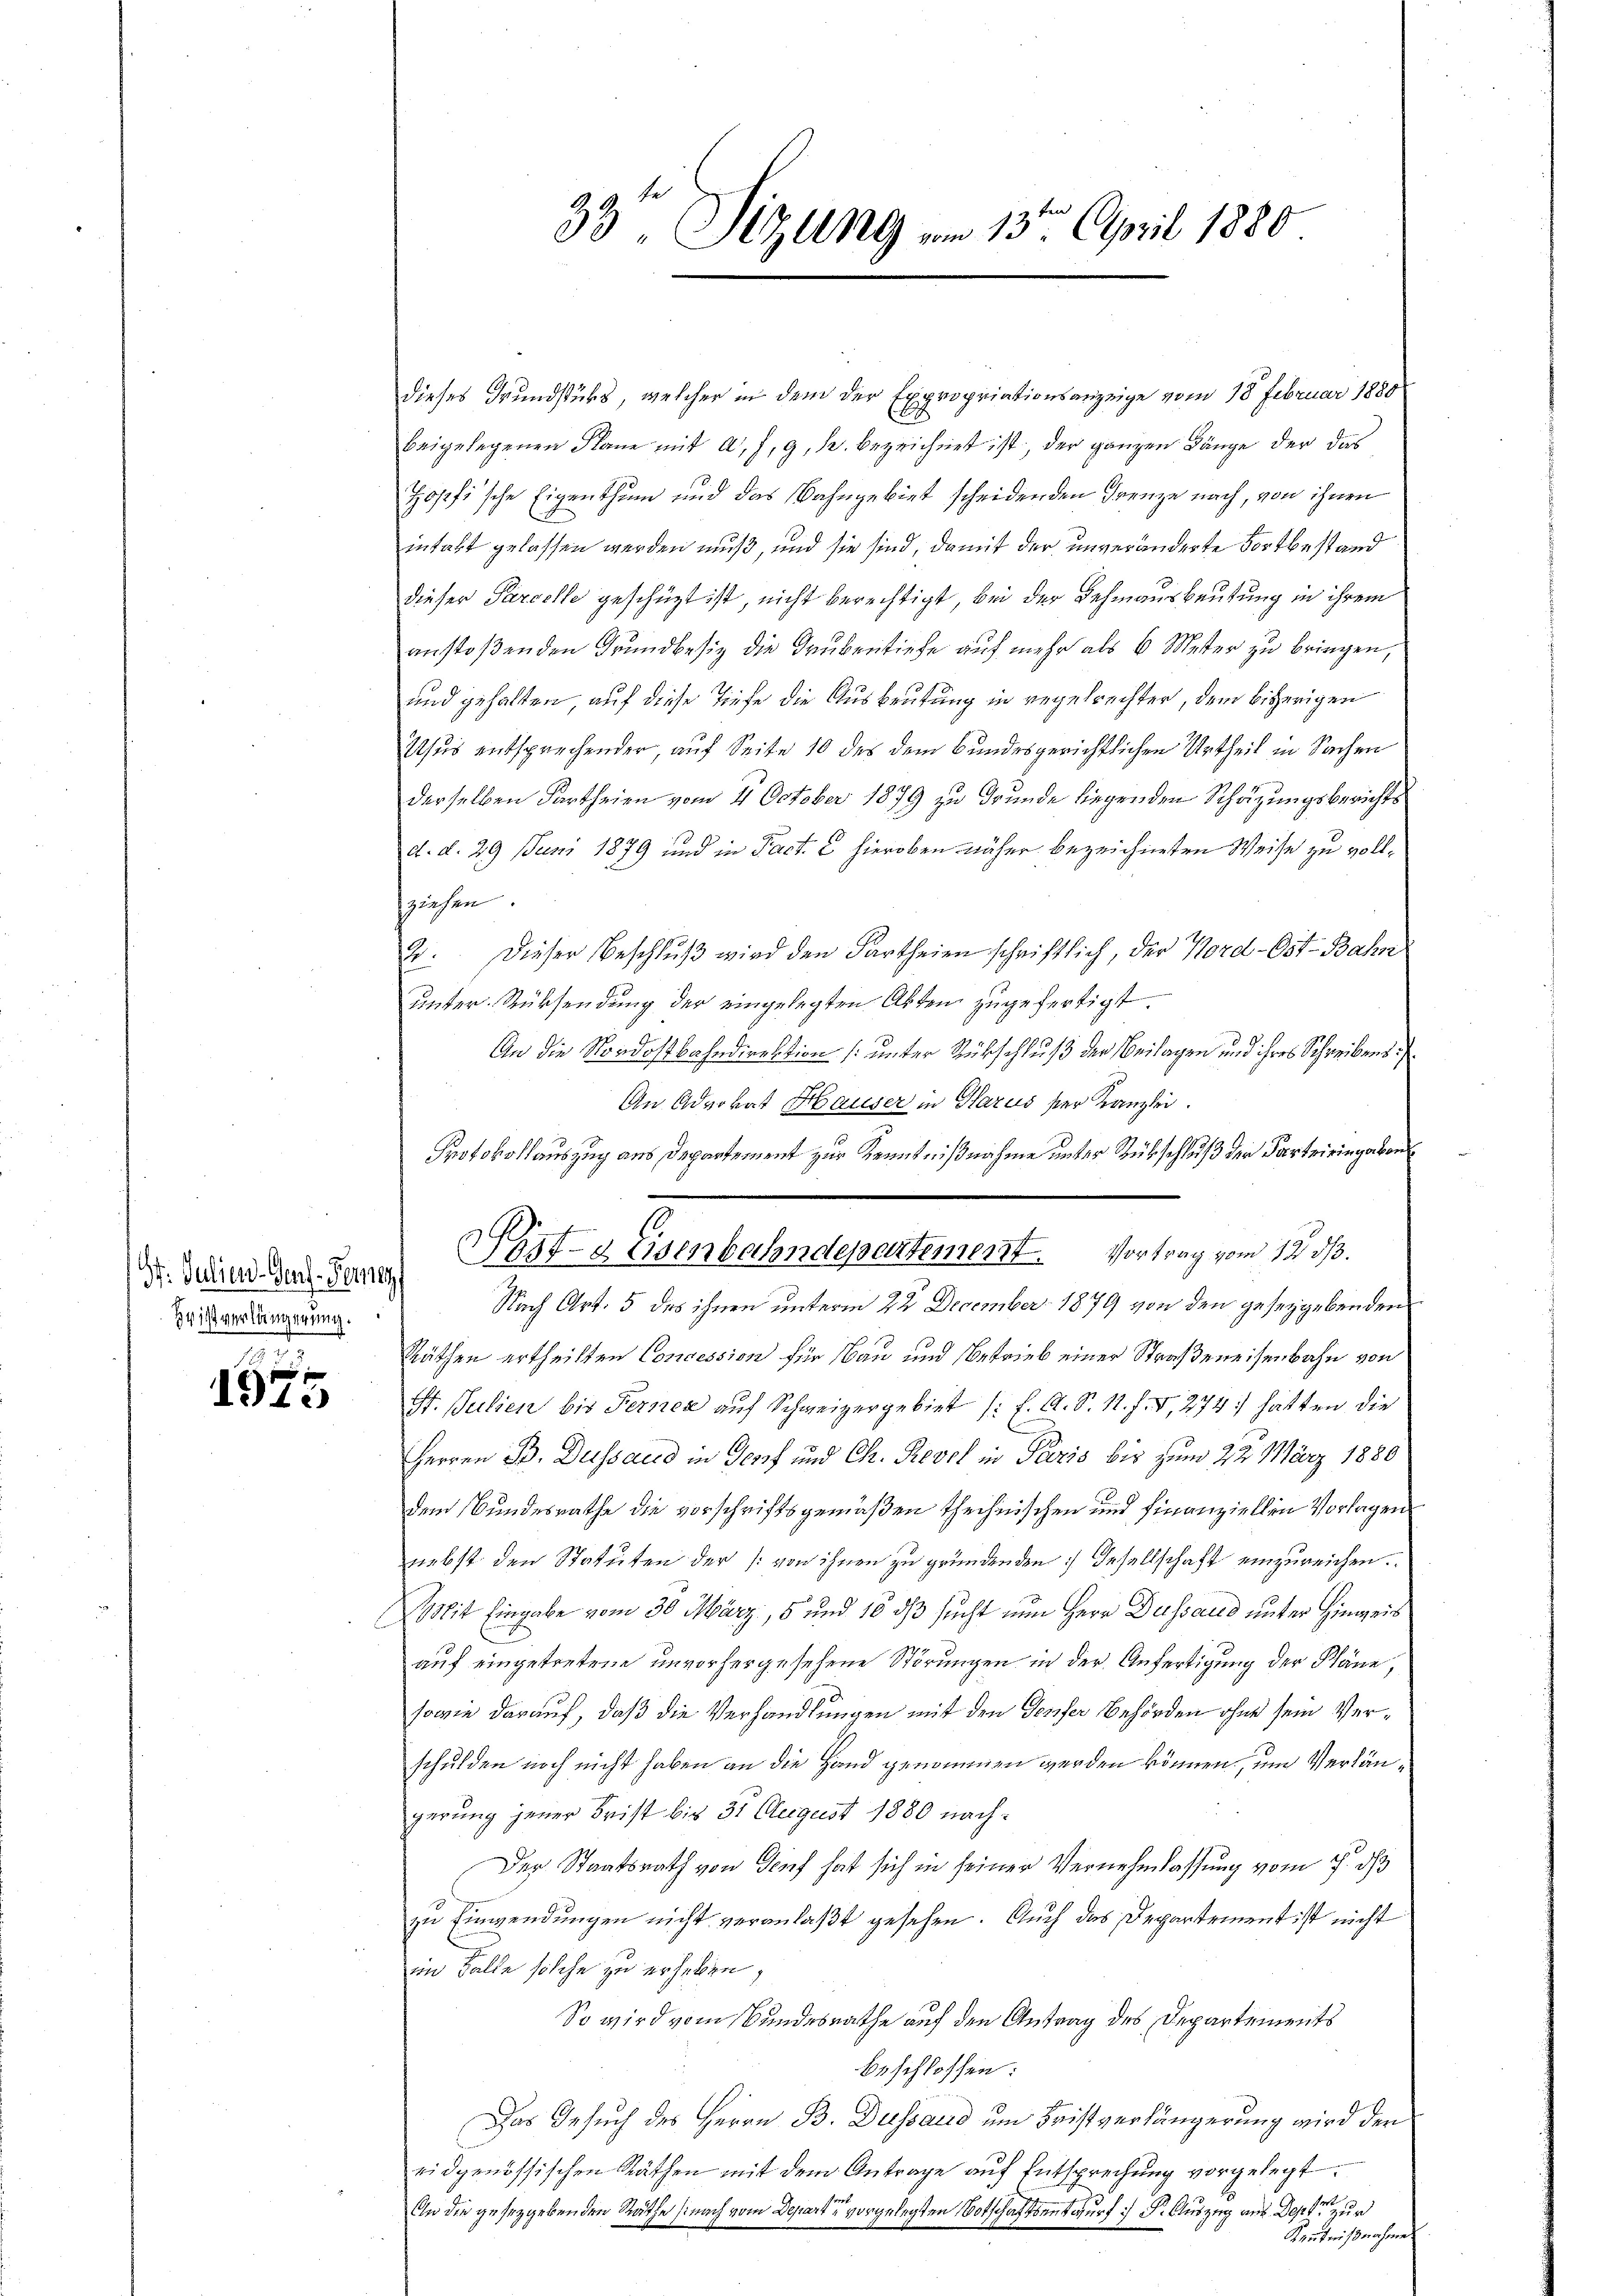
Dr. Julien-Ges-Feierf
Hrist verlängerung.

1575

33° Sizung vom 13ten April 1880

dieses Grundstücks, welcher in dem der Expropriationsanzeige vom 18 Februar 1880
beigelegenen Plane mit a, 7, 9, 12. bezeichnet ist, der ganzen Länge der das
Zopfi’sche Eigenthum und das Bahngebiet scheidenden Grenze nach, von ihnen
intakt gelassen werden muß, und sie sind, damit der unveränderte Fortbestand
dieser Parcelle geschüzt ist, nicht berechtigt, bei der Behinausbeutung in ihrem
anstoßenden Grundbesiz die Grubentiefe auf mehr als 6 Meter zu bringen,
und gehalten, auf diese Tiefe die Ausbeutung in regelrechter, dem bisherigen
Usus entsprechender, auf Seite 10 des dem Bundesgerichtlichen Urtheil in Sachen
derselben Partheien vom 4 October 1879 zu Grunde liegenden Schätzungsberichts
d. d. 29 Juni 1879 und in Pact. C hieroben näher bezeichneten Weise zu vollziehen
2. Dieser Beschlŭβ wird den Partheien schriftlich, der Nord-Ost-Bahn
unter Rücksendung der eingelegten Abten zugefertigt.
An die Nordostbahndirektion (unter Rückschluß der Beilagen und ihres Schreibens
An Advokat Hauser in Glarus ser Kanzlei.
Protokollauszug aus Departement zur Kenntnißnahme unter Rübschluß der Parteiringaben
Nach Art. 5 des ihnen unterm 22. December 1879 von den gesezgebenden
Räthen ertheilten Concession für Bau und Betrieb einer Straßeneisenbahn von
St. Julien bis Ferner auf Schweizergebiet /: F. A. S. N. F. V, 274) hätten die
Herren B. Dessaud in Genf und Ch. Revel in Paris bis zum 22. März 1880
dem Bundesrathe die vorschriftsgemäßen theilnischen und finanziellen Vorlagen
nebst den Statuten der [von ihnen zu gründenden Gesellschaft einzureichen.
Mit Eingabe vom 30. März, 5 und 16 ds sucht nun Herr Dussaud unter Hinweis
auf eingetretene unvorhergesehene Störungen in der Anfertigung der Pläne,
sowie darauf, daß die Verhandlungen mit den Teufer Behörden ohne sein Verschulden noch nicht haben an die Hand genommen werden können, um Verlängerung jener Frist bis 31 August 1880 nach¬
Der Staatsrath von Auf hat sich in seiner Vernehmlassung vom 7. ds
zu Einwendungen nicht veranlaßt gesehen. Auch das Departement ist nicht
im Falle solche zu erheben,
So wird vom Bundesrathe auf den Antrag des Departements
beschlossen:
Das Gesuch des Herrn B. Dessaud um Fristverlängerung wird der
eidgenössischen Räthen mit dem Antrage auf Entsprechung vorgelegt.
An die gesetzgebenden Räthe (nach vom Departe vorgelegten Botschaftsentwurf :) S. Auszug aus Depte zur
Kenntnißnahme

Post- & Eisenbahndepartement. Vortrag vom 12. ds.